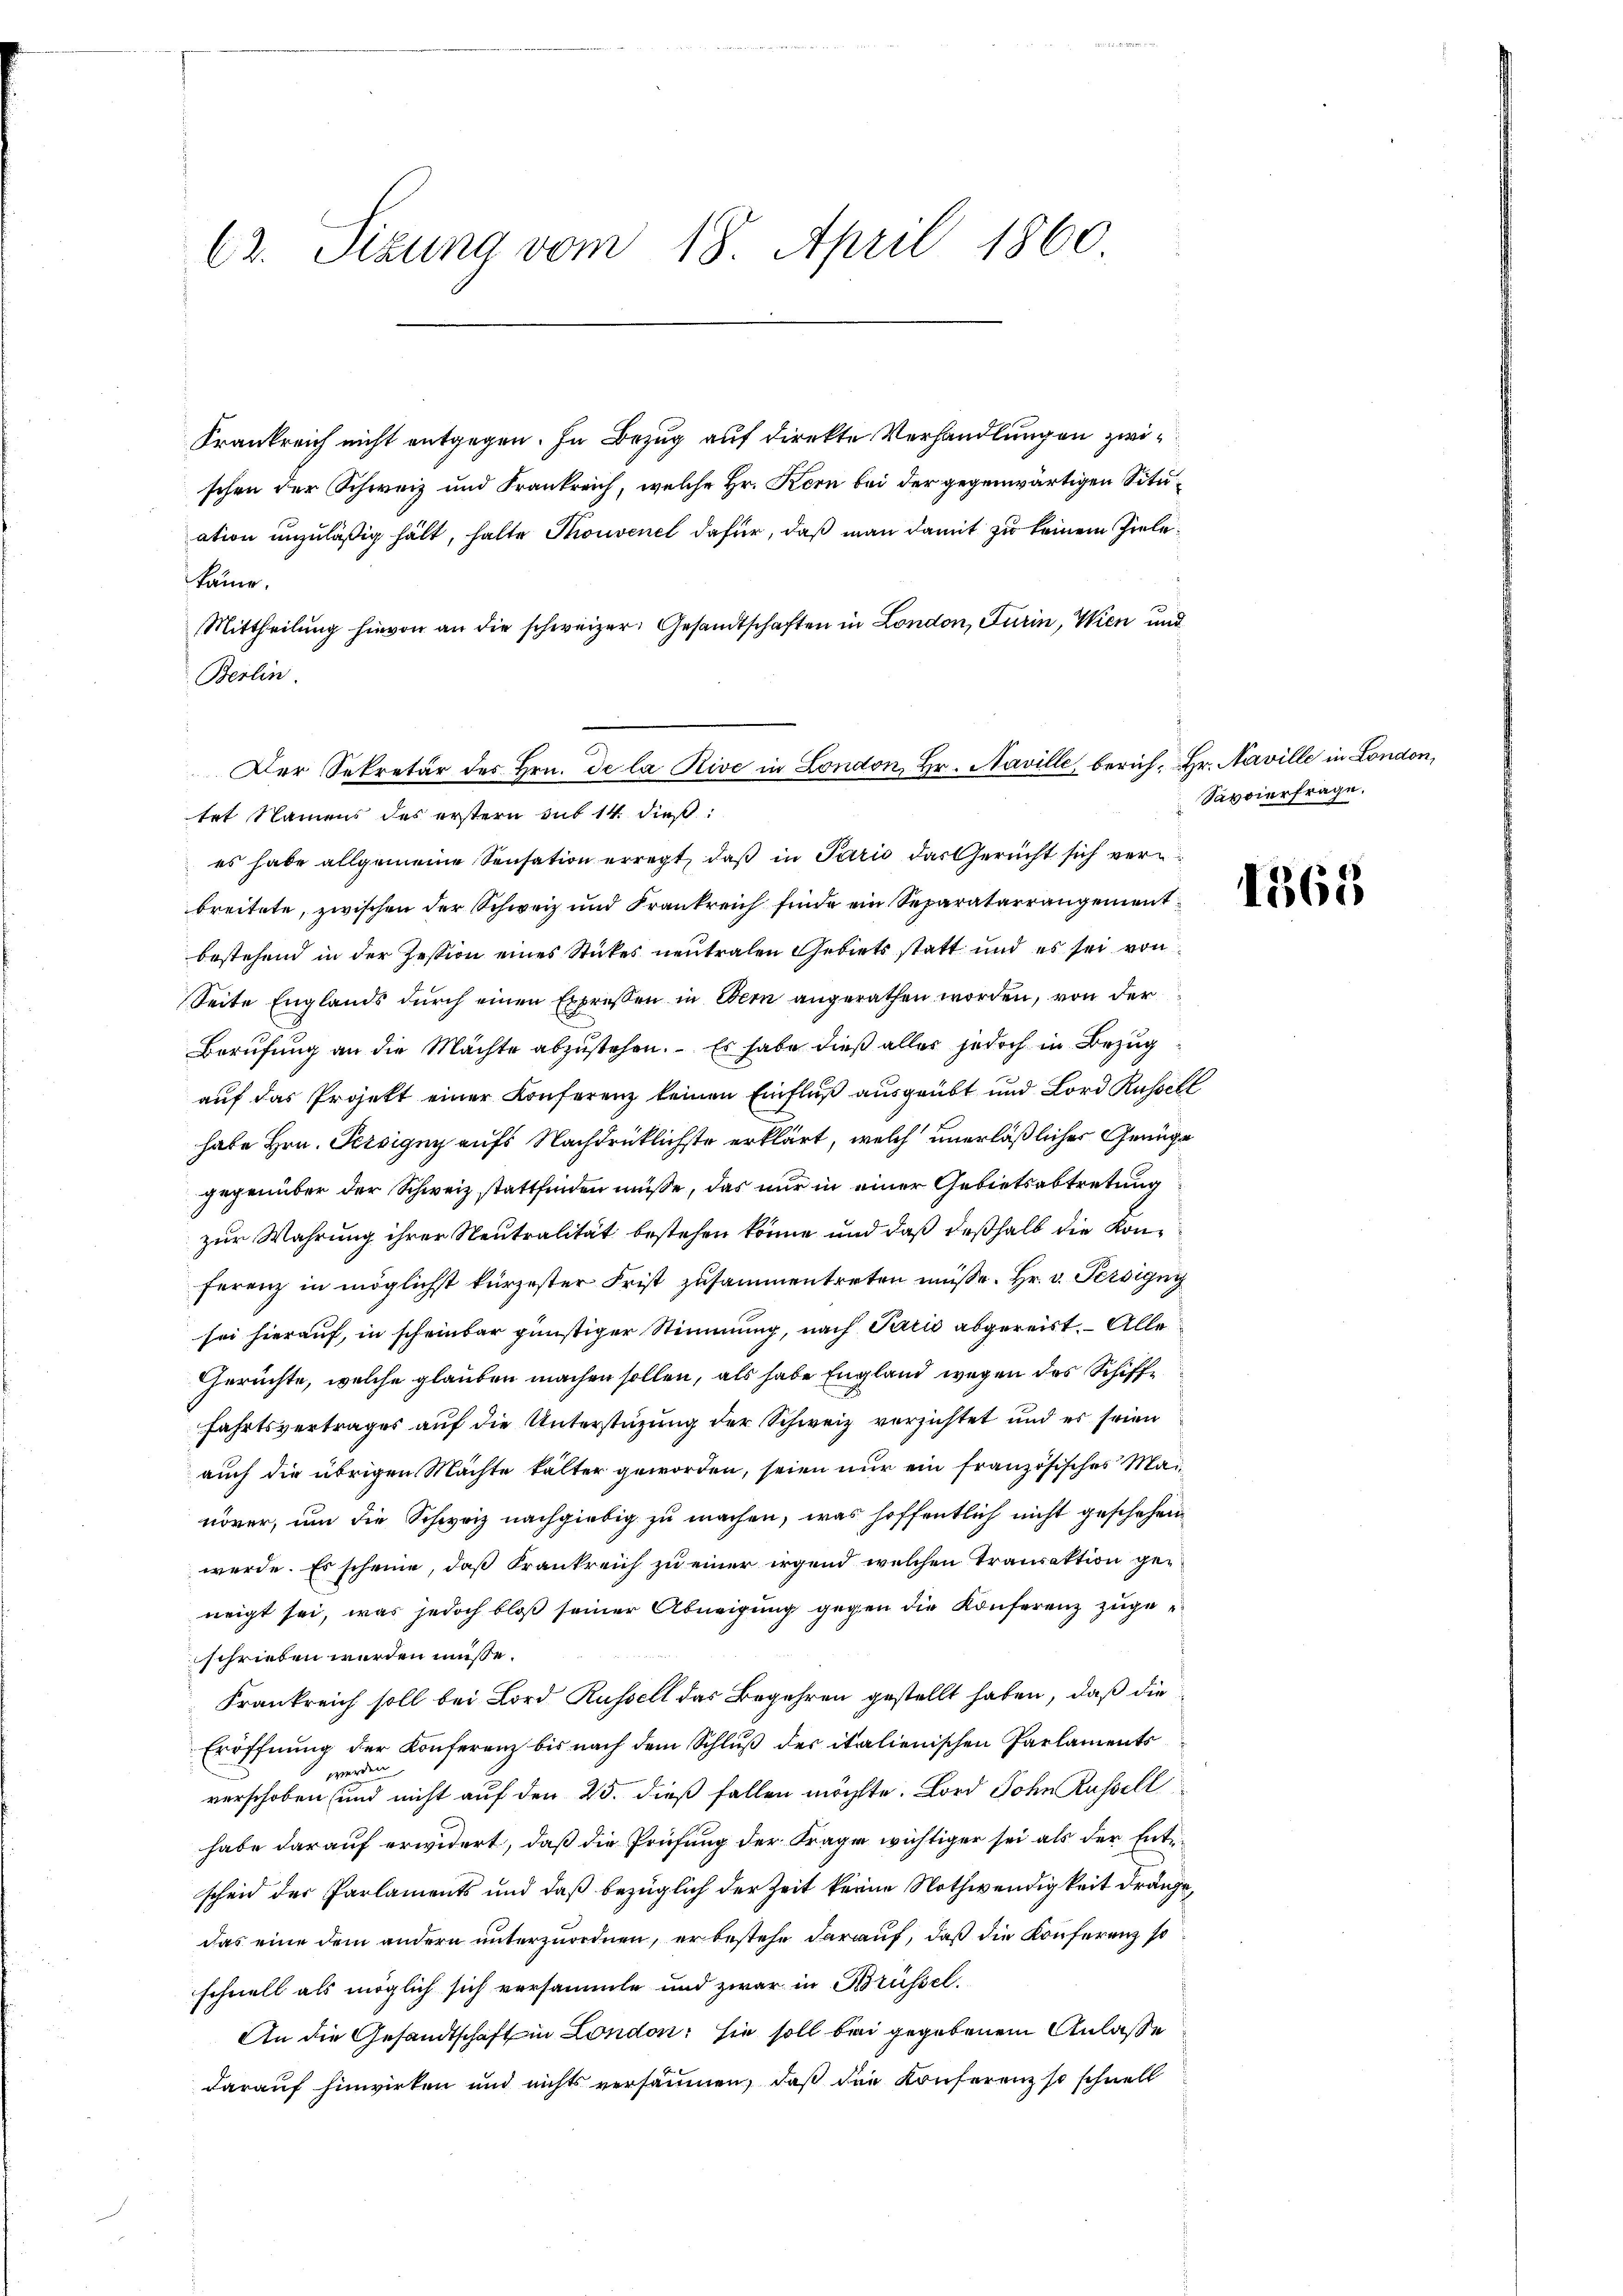
62. Sizung vom 18. April 1860

Krankreich nicht entgegen. In Bezug auf direkte Verhandlungen zwischen der Schweiz und Frankreich, welche Hr. Kern bei der gegenwärtigen Situation unzuläßig hält, halte Thonvenel dafür, daß man damit zu keinem Zielekäme.
Mittheilŭng hievon an die schweizer. Gesandtschaften in London, Furin, Wien und
Berlin.
es habe allgemeine Sensation erregt, daß in Paris das Gericht sich verbreitete, zwischen der Schweiz und Frankreich finde ein Separatarrangement
bestehend in der Zession eines Stückes neutralen Gebiets statt und es sei von
Seite Englands durch einen Expressen in Bern angerathen worden, von der
Berufung an die Mächte abzustehen. Es habe dieß alles jedoch in Bezugauf das Projekt einer Konferenz keinen Einfluß ausgeübt und Lord Russell
habe Hrn. Persigny aufs Nachdrücklichste erklärt, welch unerläßlicher Genüge
gegenüber der Schweiz stattfinden müsse, das nur in einer Gebietsabtretung
zur Wahrung ihrer Neutralität bestehen könne und daß deßhalb die Konferenz in möglichst kürzester Frist zusammentreten müsse. Hr. v. Persigny
sei hierauf, in scheinbar günstiger Stimmung, nach Paris abgereist. Alle
Gerüchte, welche glauben machen sollen, als habe England wegen des Schiffe
fahrtsvertrages auf die Unterstützung der Schweiz versichtet und es seien
auch die übrigen Mächte kalter geworden, seien nur ein französisches Mainöver, um die Schweiz nachgiebig zu machen, was hoffentlich nicht geschehen
werde. Es scheine, daß Krankreich zu einer irgend welchen Transaktion geneigt sei, was jedoch bloß seiner Abneigung gegen die Konferenz zugee
schrieben werden müsse.
Frankreich soll bei Lord Russell das Begehren gestellt haben, daß die
Eröffnung der Konferenz bis nach dem Schluß der italienischen Parlaments
 werden
verschoben sind nicht auf den 25. dieß fallen möchte. Lord Sohn Russell
habe darauf erwidert, daß die Prüfung der Frage wichtiger sei als der Entscheid der Parlaments und daß bezüglich der Zeit keine Nothwendigkeit dränge,
das eine dem andern unterzuordnen, er bestehe darauf, daß die Konferenz so
schnell als möglich sich versammte und zwar in Brüssel.
An die Gesandtschaft in London; sie soll bei gegebenem Anlasse
darauf hinwirken und nichts versäumen, daß die Konferenz so schnell

Der Sekretär des Hrn. De la Rive in London, Hr. Naville, berich. Hr. Naville in London,
tet Namens des erstern sub 14 dieß:

Savvierfrage.

1363